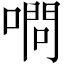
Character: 𠼋